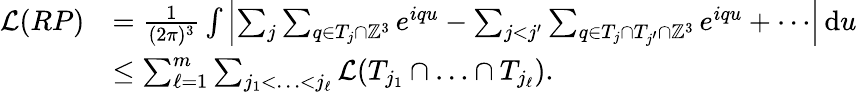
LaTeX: \begin{array}{rl}{\mathcal{L}(RP)}&{=\frac{1}{(2\pi)^{3}}\int\left\vert\sum_{j}\sum_{q\in T_{j}\cap\mathbb{Z}^{3}}e^{iqu}-\sum_{j<j^{\prime}}\sum_{q\in T_{j}\cap T_{j^{\prime}}\cap\mathbb{Z}^{3}}e^{iqu}+\cdots\right\vert\, \textnormal{d}u}\\ &{\leq\sum_{\ell=1}^{m}\sum_{j_{1}<\ldots<j_{\ell}}\mathcal{L}(T_{j_{1}}\cap\ldots\cap T_{j_{\ell}}).}\end{array}